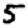
Digit: 5